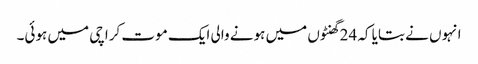
انہوں نے بتایا کہ 24 گھنٹوں میں ہونے والی ایک موت کراچی میں ہوئی۔